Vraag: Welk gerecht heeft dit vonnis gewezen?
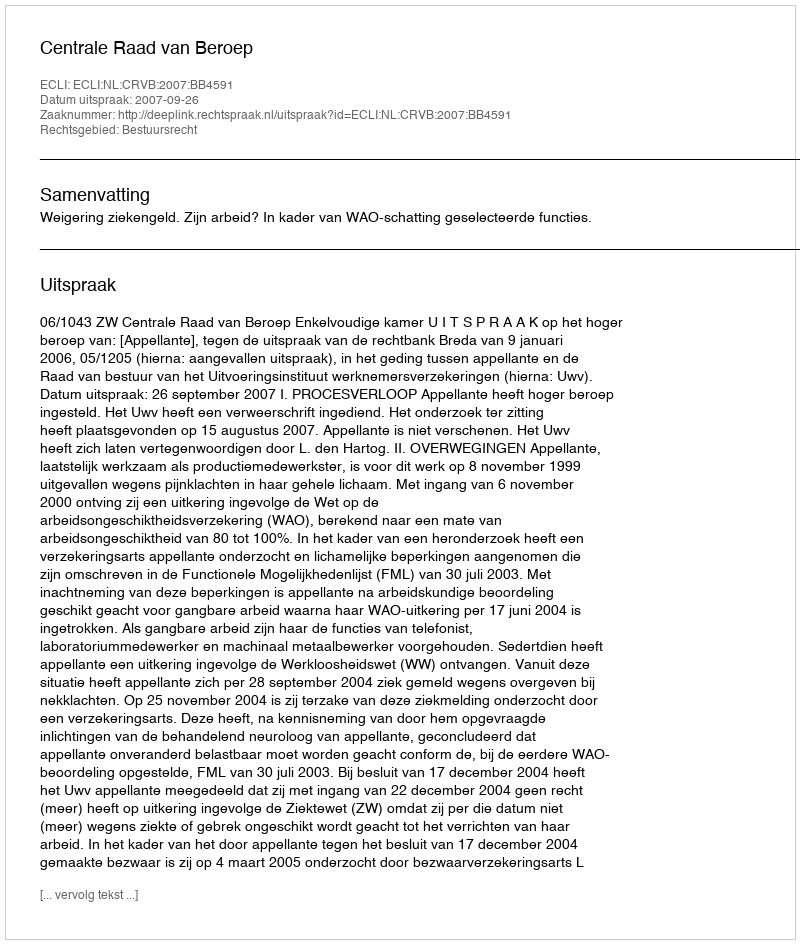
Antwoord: Centrale Raad van Beroep